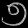
Digit: ၅